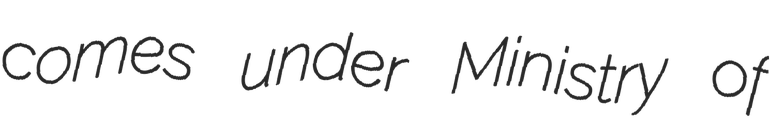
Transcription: comes under Ministry of